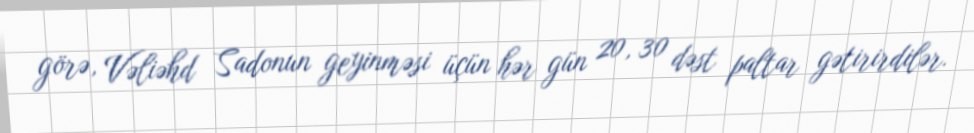
görə, Vəliəhd Sadonun geyinməsi üçün hər gün 20, 30 dəst paltar gətirirdilər.